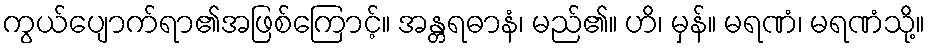
ကွယ်ပျောက်ရာ၏အဖြစ်ကြောင့်။ အန္တရဓာနံ၊ မည်၏။ ဟိ၊ မှန်။ မရဏံ၊ မရဏံသို့။